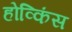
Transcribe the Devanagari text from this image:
होव्किंस